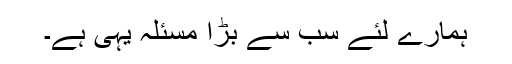
ہمارے لئے سب سے بڑا مسئلہ یہى ہے۔